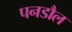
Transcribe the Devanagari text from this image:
पनडौल